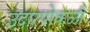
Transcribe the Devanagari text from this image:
उदारपोकळी